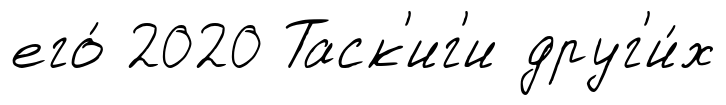
его́ 2020 Таск'иг'и друг'и́х